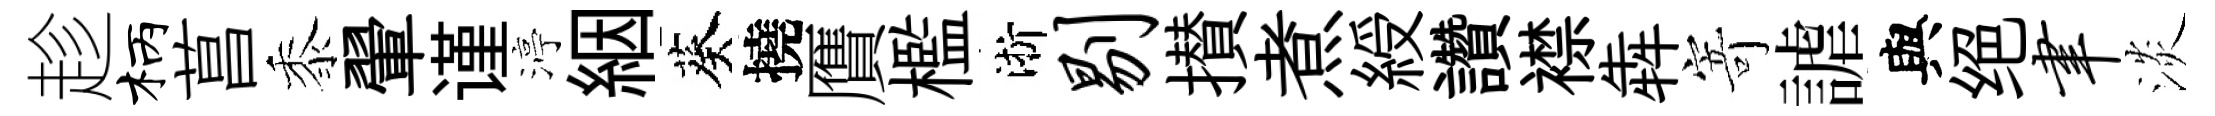
趁柄菖黍翬谨渟絪葵撓贋檻淅剔攅煮綬讚襟犇寄謔與绝聿淡